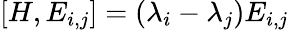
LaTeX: [H,E_{i,j}]=(\lambda_{i}-\lambda_{j})E_{i,j}